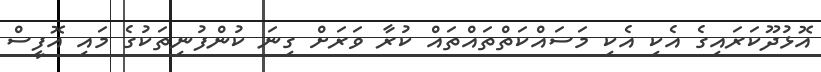
އޮޅުދޫކަރައިގެ އެކި އެކި މަސައްކަތްތައްތައް ކުރާ ވަރަށް ގިނަ ކުންފުނިތަކުގެ މައި އޮފީސް